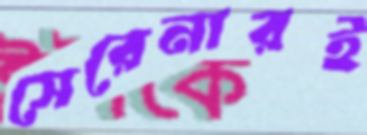
সেরেনারই